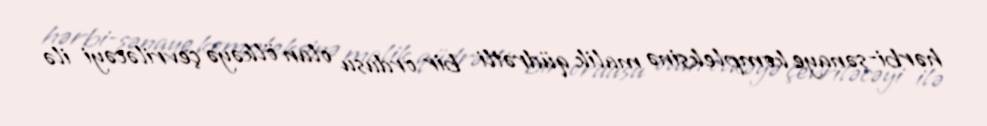
hərbi-sənaye kompleksinə malik qüdrətli bir ordusu olan ölkəyə çevriləcəyi ilə